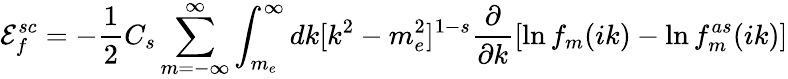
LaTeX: {\cal E}_{f}^{sc}=-\frac 12C_{s}\sum_{m=-\infty}^{\infty}\int_{m_{e}}^{\infty}dk[k^{2}-m_{e}^{2}]^{1-s}\frac{\partial}{\partial k}[\ln f_{m}(ik)-\ln f_{m}^{as}(ik)]